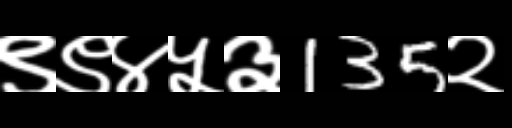
Text: ९९४५३135२